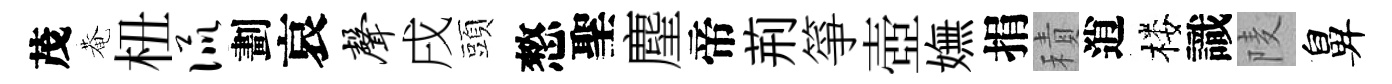
茂菴杻侃劃哀声戌頭憗聖麈帝荊箏壺嫵捐積逍楼識𨹧鼻